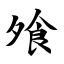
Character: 飧